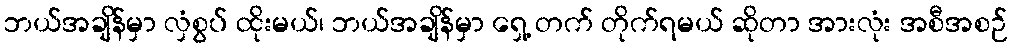
ဘယ်အချိန်မှာ လှံစွပ် ထိုးမယ်၊ ဘယ်အချိန်မှာ ရှေ့ တက် တိုက်ရမယ် ဆိုတာ အားလုံး အစီအစဉ်